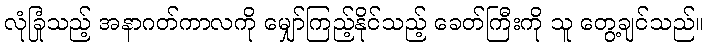
လုံခြုံသည့် အနာဂတ်ကာလကို မျှော်ကြည့်နိုင်သည့် ခေတ်ကြီးကို သူ တွေ့ချင်သည်။